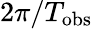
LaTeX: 2\pi/T_{\mathrm{obs}}